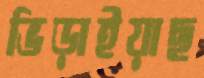
ভিড়াইয়াছ